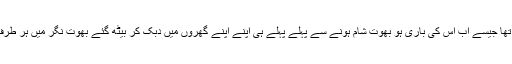
اسے ایسے لگ رہا تھا جیسے اب اس کی باری ہو بھوت شام ہونے سے پہلے پہلے ہی اپنے اپنے گھروں میں دبک کر بیٹھ گئے بھوت نگر میں ہر طرف ویرانی چھا گئی ۔